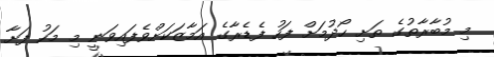
މި މުބާރާތުގެ ތަށި ހޯދުމަށް ފަހު ފެޑެރާގެ އަމާޒަކަށްވެފައިވަނީ މި މަހު ފަށާ